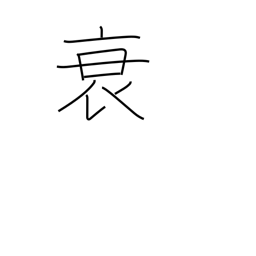
Meaning: weaken